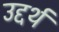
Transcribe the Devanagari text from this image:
उद्दर्थ